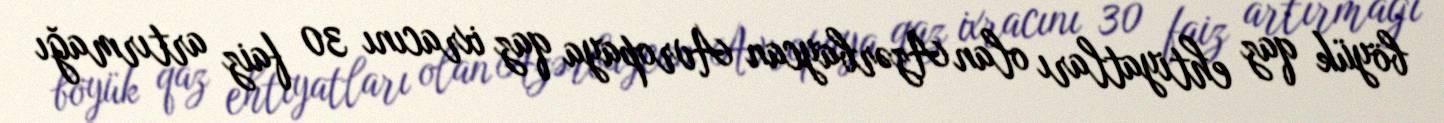
böyük qaz ehtiyatları olan Azərbaycan Avropaya qaz ixracını 30 faiz artırmağı